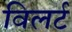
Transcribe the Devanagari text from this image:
विलर्ट